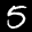
Label: 5